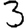
Digit: 3